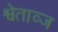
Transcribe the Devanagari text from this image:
श्वेताव्ज